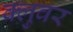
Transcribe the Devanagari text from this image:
क्लुवर